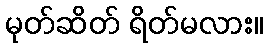
မုတ်ဆိတ် ရိတ်မလား။